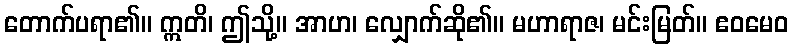
တောက်ပရာ၏။ ဣတိ၊ ဤသို့။ အာဟ၊ လျှောက်ဆို၏။ မဟာရာဇ၊ မင်းမြတ်။ ဧဝမေဝ